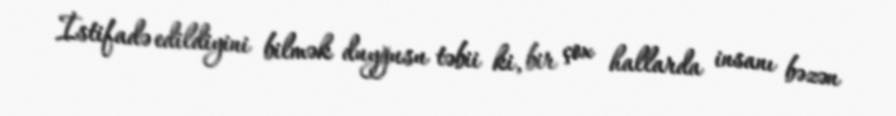
İstifadə edildiyini bilmək duyğusu təbii ki, bir çox hallarda insanı bəzən